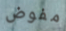
مفوض